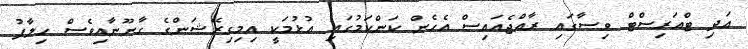
އަދި ޓްއަރިސްޓް ވިސާގައި ރާއްޖެއަައިސް އެހެން ކަންކަމުގައި އުޅުމަކީ އިމިގިރޭޝަންގެ ގާނޫނާއިވެސް ހިލާފު